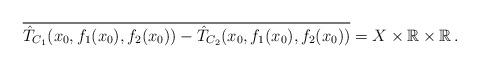
LaTeX: \begin{align*}\overline{\hat T_{C_1}(x_0, f_1(x_0), f_2(x_0))- \hat T_{C_2}(x_0, f_1(x_0), f_2(x_0))} = X\times \mathbb{R}\times \mathbb{R} \, .\end{align*}